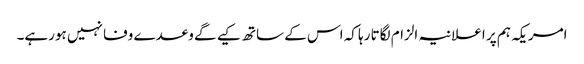
امریکہ ہم پر اعلانیہ الزام لگاتا رہا کہ اس کے ساتھ کیے گے وعدے وفا نہیں ہورہے۔